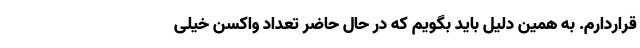
قراردارم. به همین دلیل باید بگویم که در حال حاضر تعداد واکسن خیلی